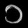
Digit: ၁